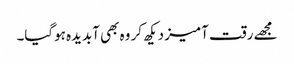
مجھے رقت آمیز دیکھ کر وہ بھی آبدیدہ ہوگیا۔